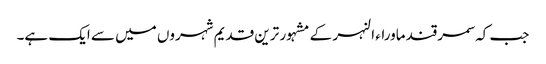
جب کہ سمرقند ماوراء النہر کے مشہور ترین قدیم شہروں میں سے ایک ہے۔